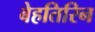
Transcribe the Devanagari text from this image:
बेहतिरिन